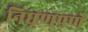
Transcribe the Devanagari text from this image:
निघृणपणे